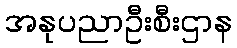
အနုပညာဦးစီးဌာန